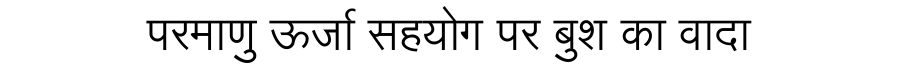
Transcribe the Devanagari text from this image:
परमाणु ऊर्जा सहयोग पर बुश का वादा